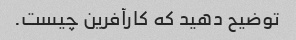
توضیح دهید که کارآفرین چیست.